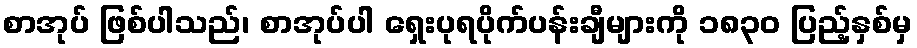
စာအုပ် ဖြစ်ပါသည်၊ စာအုပ်ပါ ရှေးပုရပိုက်ပန်းချီများကို ၁၈၃၀ ပြည့်နှစ်မှ